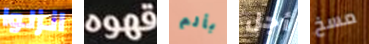
انزلوا قهوه بألم أجل مسخ